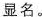
显名。